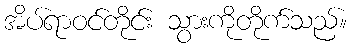
အိပ်ရာဝင်တိုင်း သွားကိုတိုက်သည်။